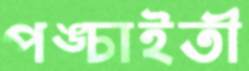
পঙ্চাইতী